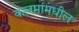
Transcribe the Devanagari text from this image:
कलमांमधील